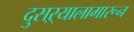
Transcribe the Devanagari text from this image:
दुसऱ्यालामारून